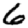
Digit: 6